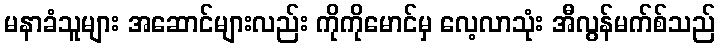
မနာခံသူများ အဆောင်များလည်း ကိုကိုမောင်မှ လေ့လာသုံး အီလွန်မက်စ်သည်